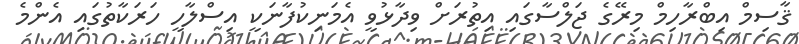
ޤާސިމް އިބްރާހިމް މިރޭގެ ޖަލްސާގައި އިތުރަށް ވިދާޅުވީ އެމަނިކުފާނަކީ އިސްލާހީ ހަރަކާތުގައި އެންމެ